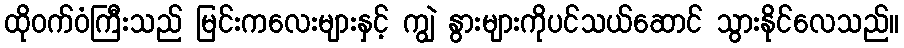
ထိုဝက်ဝံကြီးသည် မြင်းကလေးများနှင့် ကျွဲ နွားများကိုပင်သယ်ဆောင် သွားနိုင်လေသည်။